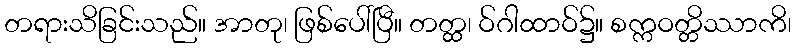
တရားသိခြင်းသည်။ အာတု၊ ဖြစ်ပေါ်ပြီ။ တတ္ထ၊ ဝ်ဂါထာဝ်၌။ စက္ကဝတ္တိဿာကိ၊